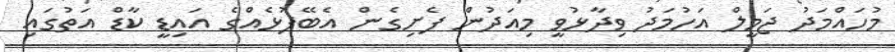
މުހައްމަދު ޖަމީލް އަހުމަދު ވިދާޅުވީ މިއަދުން ފެށިގެން އެބޭފުޅެއްގެ އައިޑީ ކާޑް އަތުގައި